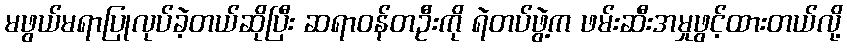
မဖွယ်မရာပြုလုပ်ခဲ့တယ်ဆိုပြီး ဆရာဝန်တဦးကို ရဲတပ်ဖွဲ့က ဖမ်းဆီးအမှုဖွင့်ထားတယ်လို့